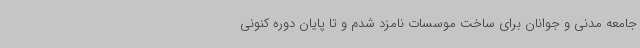
جامعه مدنی و جوانان برای ساخت موسسات نامزد شدم و تا پایان دوره کنونی